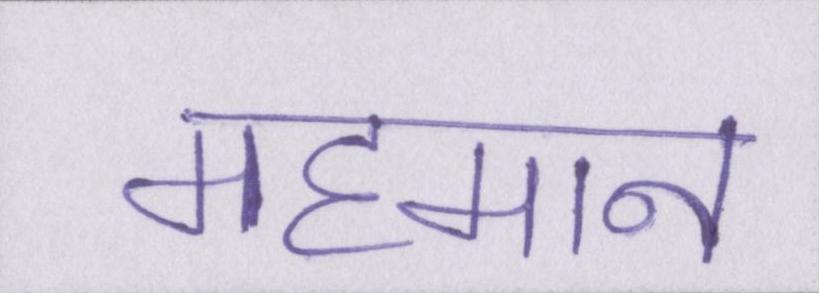
महमान